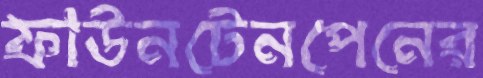
ফাউনটেনপেনের